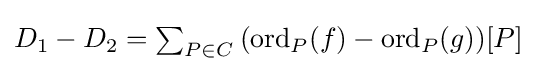
{\textstyle D_{1}-D_{2}=\sum _{P\in C}{(\mathrm {ord} _{P}(f)-\mathrm {ord} _{P}(g))[P]}}